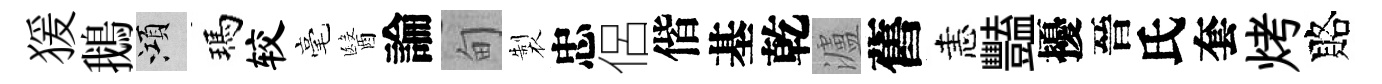
猨鵝澒瑪较毫醫論甸製忠侶偕基乾瀘舊恚豔擾晉氏套烤賂